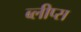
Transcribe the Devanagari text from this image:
ब्लीप्स